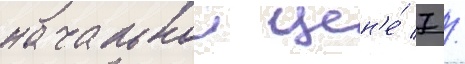
начальнои цен'е́ 7 /